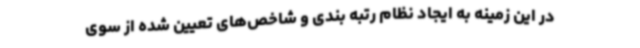
در این زمینه به ایجاد نظام رتبه بندی و شاخص‌های تعیین شده از سوی